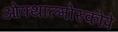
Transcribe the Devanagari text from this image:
ओफ्थाल्मोस्कोपे